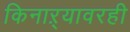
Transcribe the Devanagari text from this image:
किनाऱ्यावरही